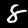
Label: 8